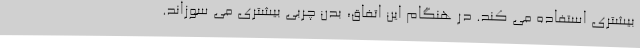
بیشتری استفاده می کند. در هنگام این اتفاق، بدن چربی بیشتری می سوزاند.